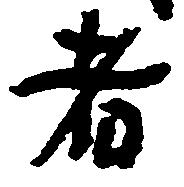
者